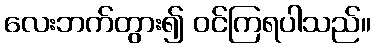
လေးဘက်တွား၍ ဝင်ကြရပါသည်။